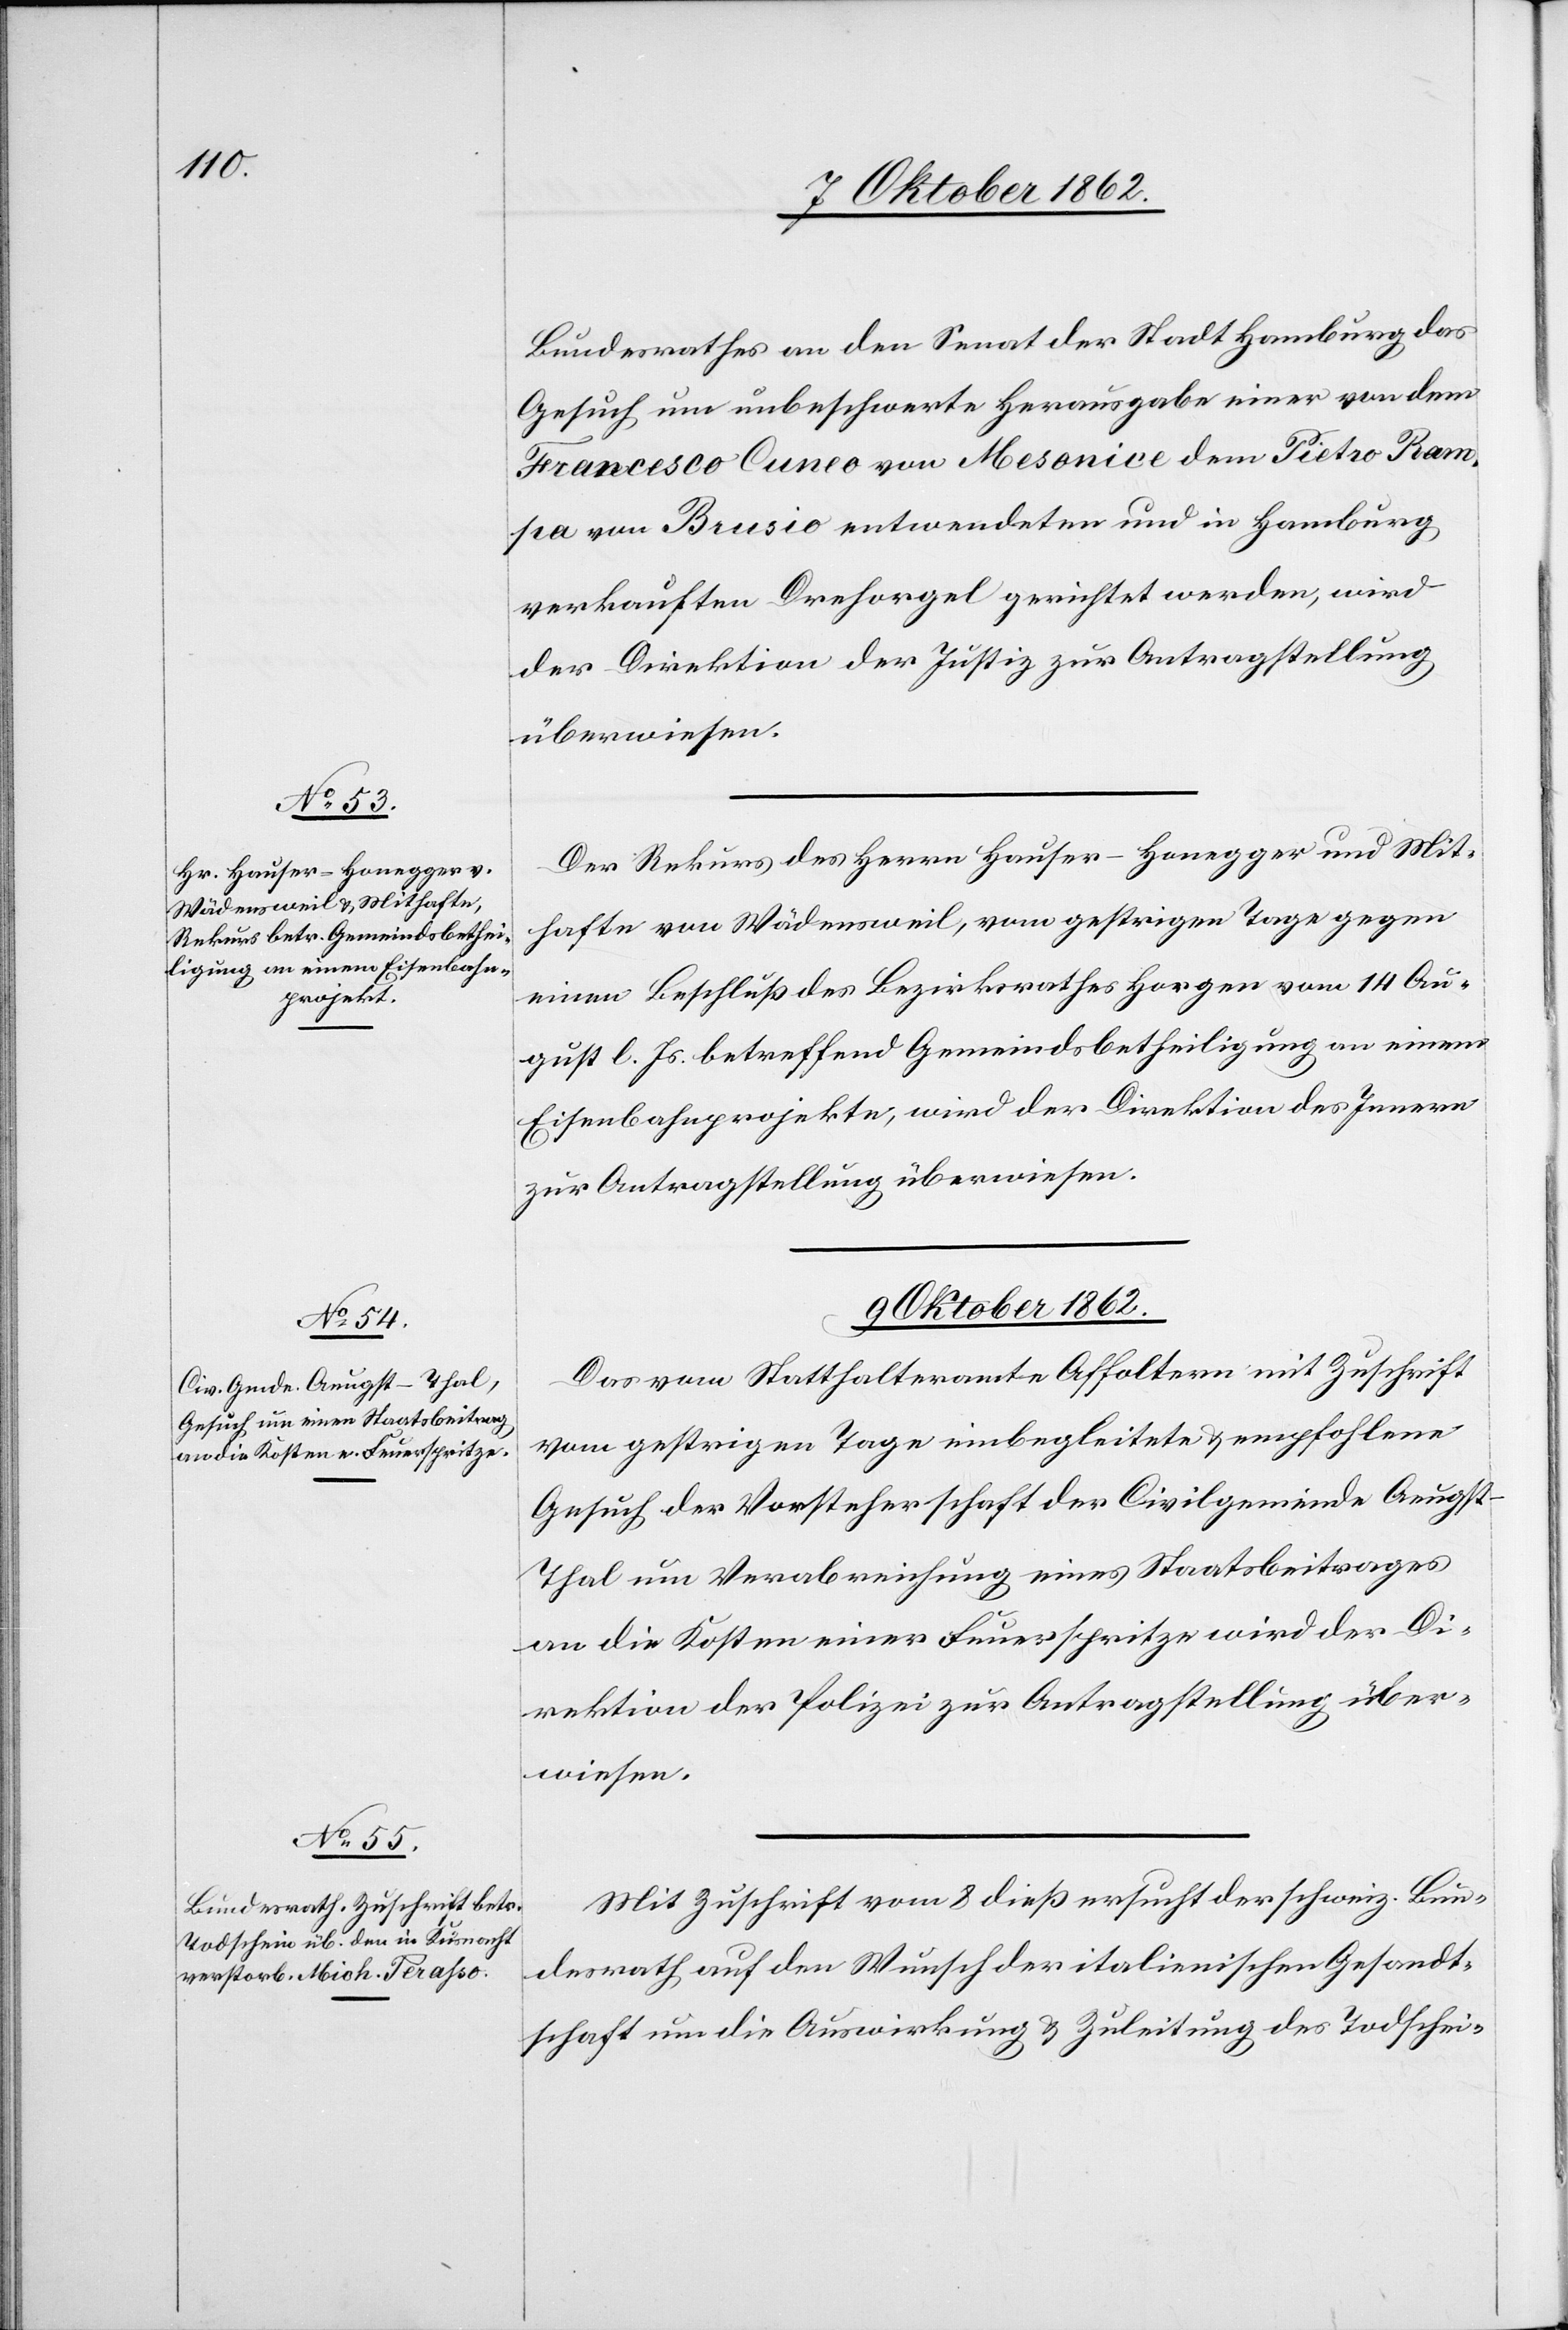
8. Oktober 1862.]
Bundesrathes an den Senat der Stadt Hamburg das
Gesuch um unbeschwerte Herausgabe einer von dem
Francesco Cuneo von Mesonice dem Pietro Ram¬
pa von Brusio entwendeten und in Hamburg
verkauften Drehorgel gerichtet werden, wird
der Direktion der Justiz zur Antragstellung
überwiesen.
Der Rekurs des Herrn Hauser-Honegger und Mit¬
hafte von Wädensweil, vom gestrigen Tage gegen
einen Beschluß des Bezirksrathes Horgen vom 14 Au¬
gust l. Js. betreffend Gemeindsbetheiligung an einem
Eisenbahnprojekte, wird der Direktion des Innern
zur Antragstellung überwiesen.
9. Oktober 1862.]
Das vom Statthalteramte Affoltern mit Zuschrift
vom gestrigen Tage einbegleitete u. empfohlene
Gesuch der Vorsteherschaft der Civilgemeinde Aeugst-T¬
hal um Verabreichung eines Staatsbeitrages
an die Kosten einer Feuerspritze wird der Di¬
rektion der Polizei zur Antragstellung über¬
wiesen.
Mit Zuschrift vom 8. dieß ersucht der schweiz. Bun¬
desrath auf den Wunsch der italienischen Gesandt¬
schaft um Auswirkung u. Zuleitung des Todschei-